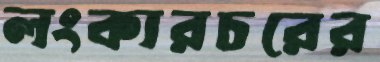
লংকারচরের